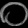
Digit: ၀